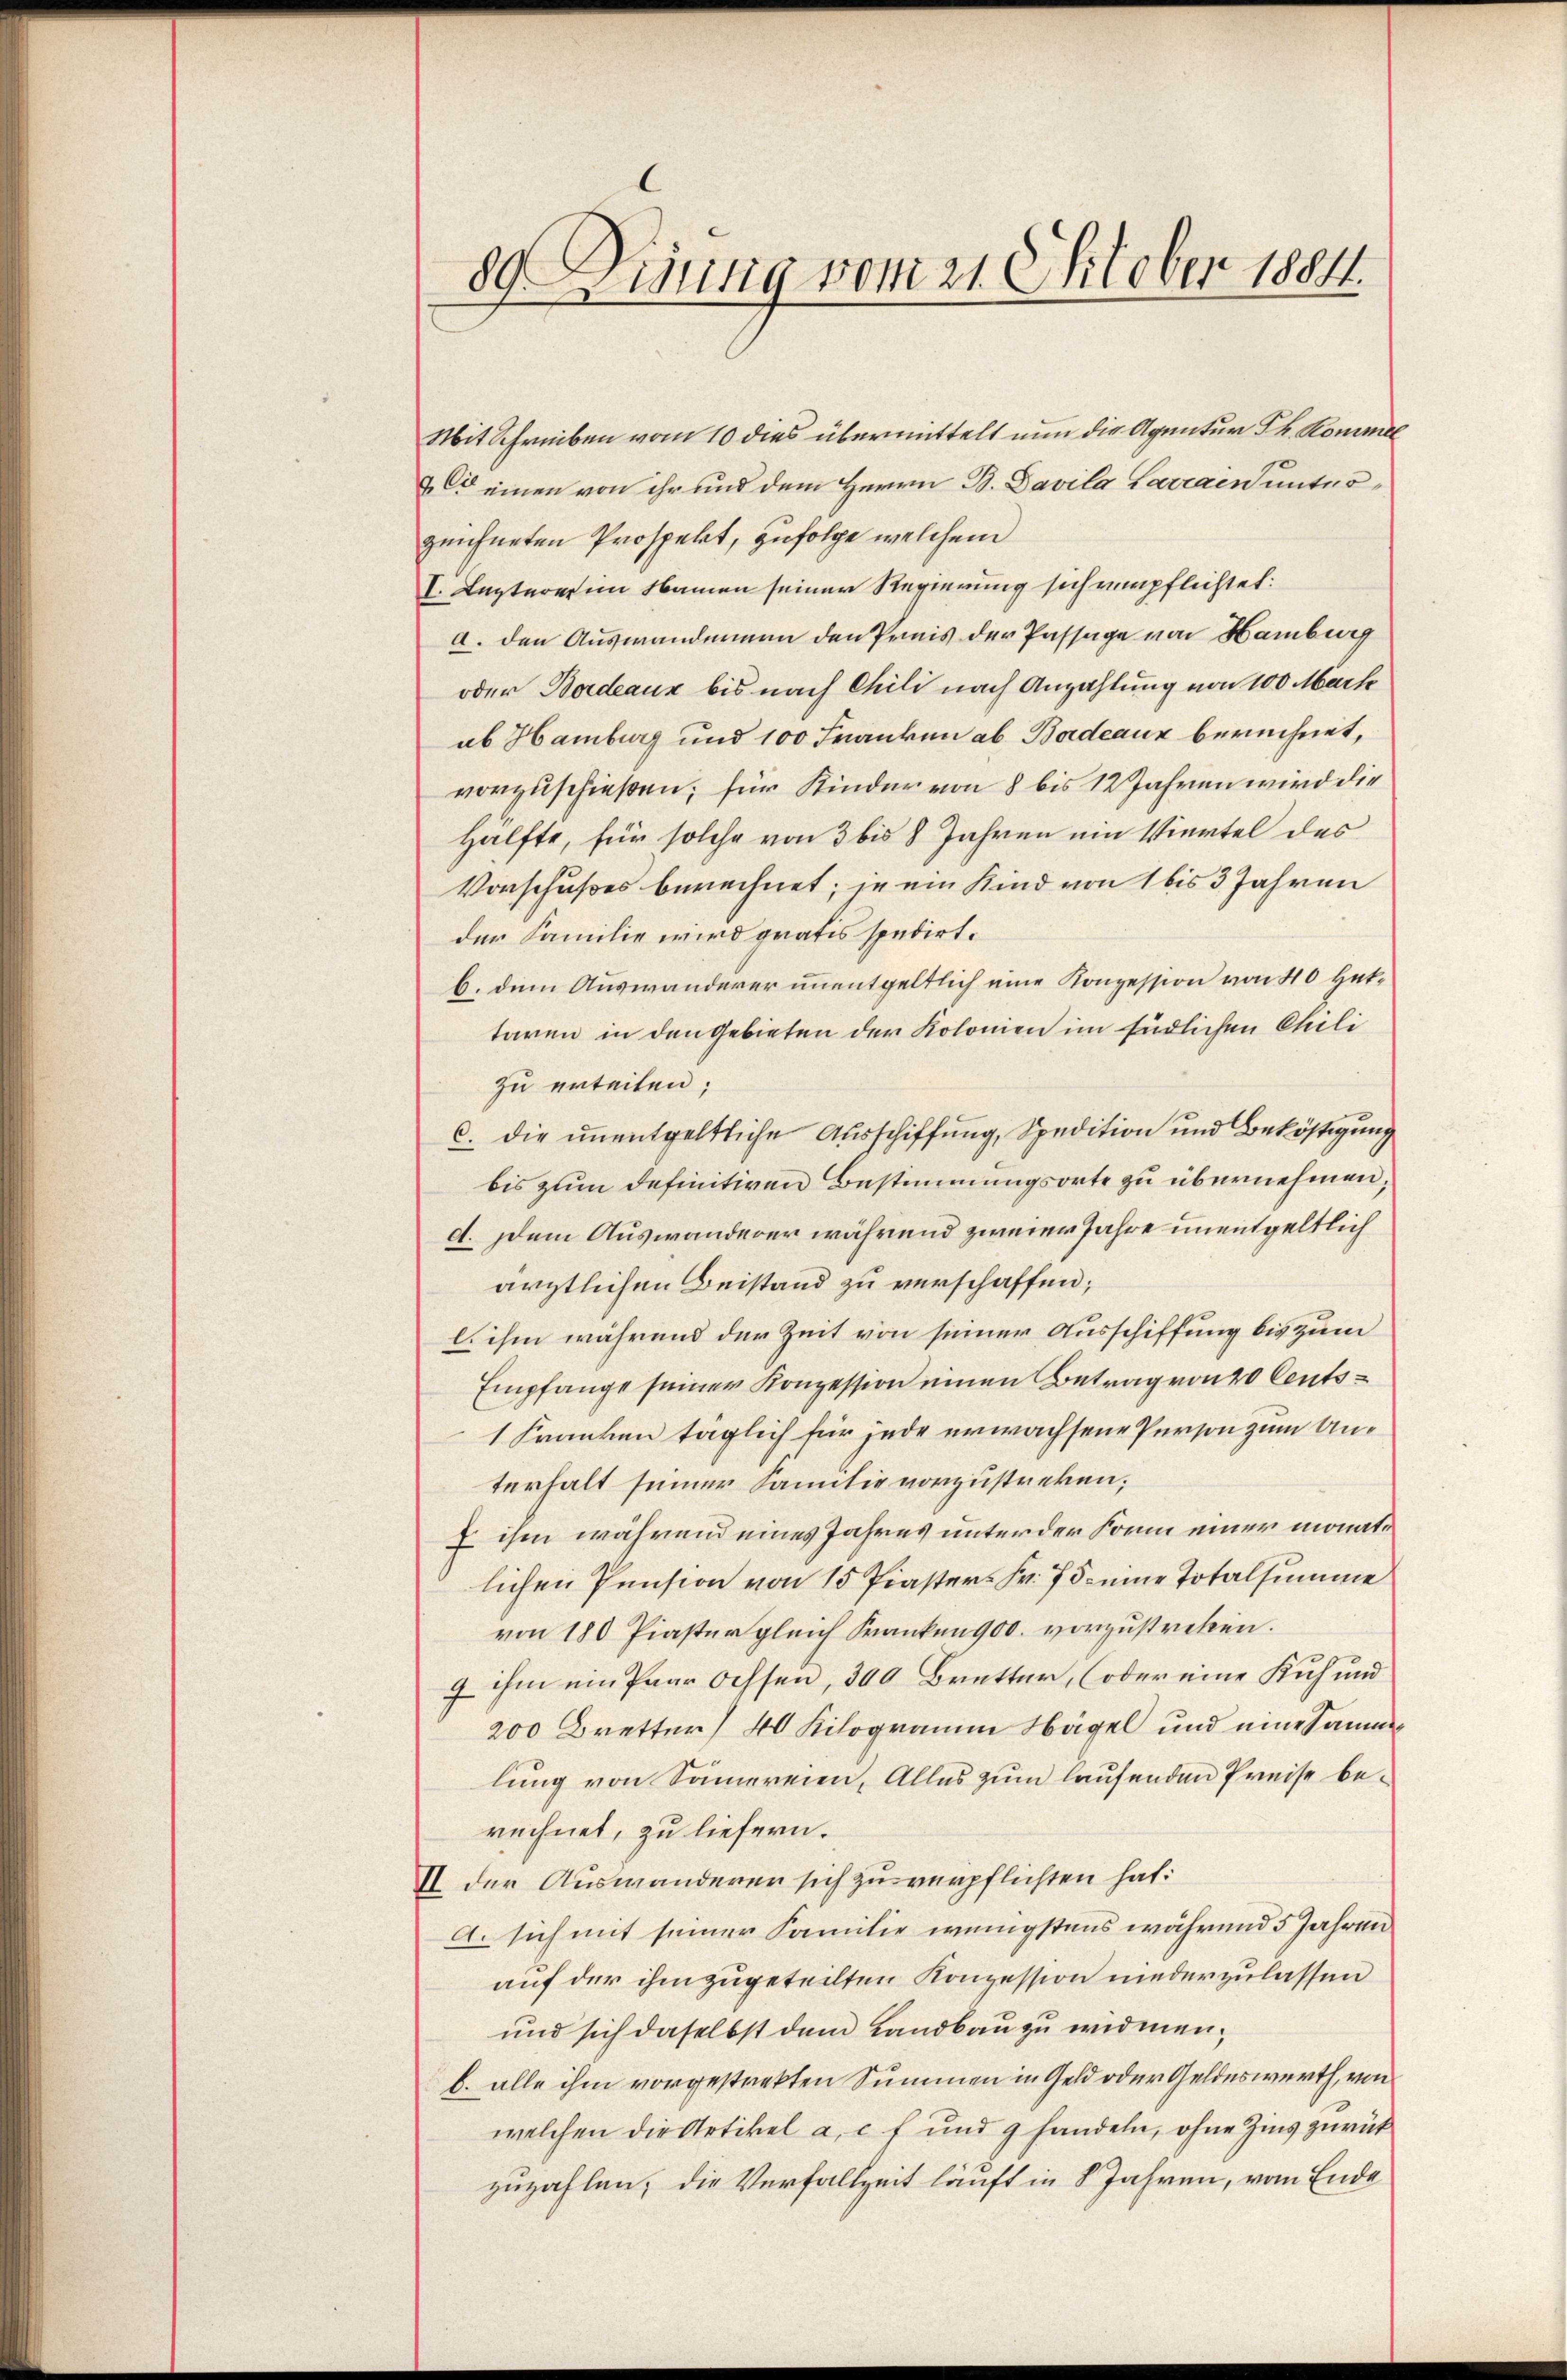
89. Disung vom 21. Oktober 1884.

Mit Schreiben vom 10 dies übermittelt nun die Agentur Th. Kommel
7 Cie einen von ihr und dem Herrn B. Pavila Larrain unterzeichneten Prospekt, zufolge welchem
I. Lezterein Namen seiner Regierung sich verpflichtet:
a. den Auswanderman den Preis der Passage von Hamburg
oder Bordeaux bis nach Chili nach Anzahlung von 100 Mark
ab Hamburg und 100 Franken ab Badeaux berechnet,
vorzuschießen; für Kinder von 8 bis 12 Jahren wird die
Hälfte, für solche von 3 bis 8 Jahren ein Viertel des
Vorschußes berechnet; je ein Kind von 1 bis 3 Jahren
der Familie wird gratis spedirt.
b. dem Auswanderer unentgeltlich eine Konzession von 40 Hattaren in den Gebieten der Kolonien im Endlichen Chili
zu erteilen;
c. die unentgeltliche Ausschiffung, Spedition und Beköstigung
bis zum definitiven Bestimmungsorte zu übernehmen;
d. Dem Auswanderer während zweier Jahre unentgeltlich
ärztlichen Beistand zu verschaffen;
l. ihm während der Zeit von seiner Ausschiffung bis zum
Empfange seiner Konzession einen Betrag von 20 Cents¬
1 Franken täglich für jede erwachsene Person zum Unterhalt seiner Samilie vorzustreken;
E ihm während eines Jahres unter der Form einer monatlichen Pension von 15 Piasters Fr. 75. eine Totalsumme
von 180 Piaster gleich Franken 900. vorzustreten.
9 ihm ein Paar Ochsen, 300 Bretter, (oder eine Kuh und
200 Bretter 40 Kilogramm Nägel und eine Sammlung von Sämereien, Alles zum laufenden Preise berechnet, zu liefern.
II der Auswanderer sich zu verpflichten hat:
A. sich mit seiner Familie wenigstens während 5 Jahren
auf der ihm zugeteilten Konzession niederzulassen
und sich daselbst dem Landbau zu widmen.
b. alle ihm vorgestrekten Summen in Geld oder Geldeswerth, von
welchen die Artikel a. c. f und 9 handeln, ohne Zins zurück
zuzahlen, die Verfallzeit läuft in 8 Jahren, vom Ende